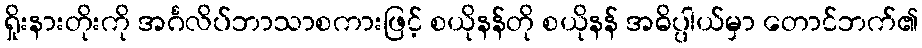
ရှိုးနားတိုးကို အင်္ဂလိပ်ဘာသာစကားဖြင့် စယိုနန်တို စယိုနန် အဓိပ္ပါယ်မှာ တောင်ဘက်၏